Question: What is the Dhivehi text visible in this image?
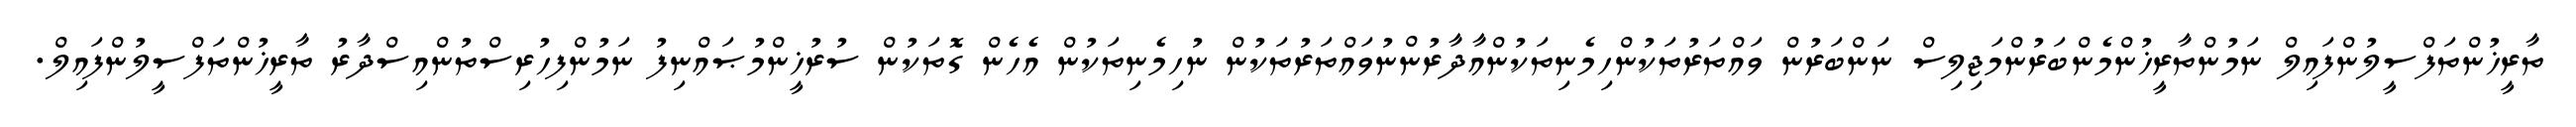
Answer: ތާރީޚުންތަފްސީލުންފައިލް ނަމުންތާރީޚުންމެންބަރުންމަޖިލިސް ނަންބަރުން ވައްތަރުތަކުންހިމެނިތަކުންއާދާރުންނުވައްތަރުތަކުން ނުހިމެނިތަކުން އެހެން ގޮތަކުން ސުރުޚީންމުޞައްނިފު ނަމުންފިހުރިސްތުންއިސްދާރު ތާރީޚުންތަފްސީލުންފައިލް.